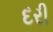
દરી